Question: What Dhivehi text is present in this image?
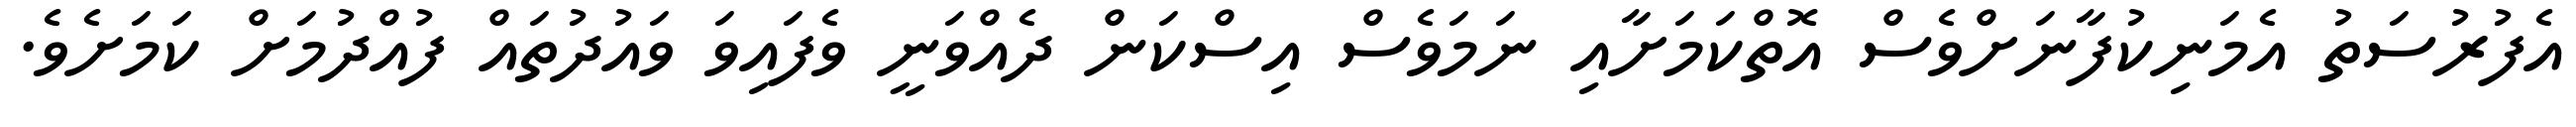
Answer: އެފުރުސަތު އެމަނިކުފާނަށްވެސް އޮތްކަމަށާއި ނަމަވެސް އިސްކަން ދެއްވަނީ ވެފައިވަ ވައުދުތައް ފުއްދުމަށް ކަމަށެވެ.